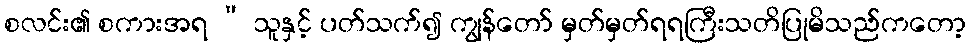
စလင်း၏ စကားအရ “ သူနှင့် ပတ်သက်၍ ကျွန်တော် မှတ်မှတ်ရရကြီးသတိပြုမိသည်ကတော့